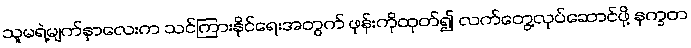
သူမရဲ့မျက်နှာလေးက သင်ကြားနိုင်ရေးအတွက် ဖုန်းကိုထုတ်၍ လက်တွေ့လုပ်ဆောင်ဖို့ နက္ခတ